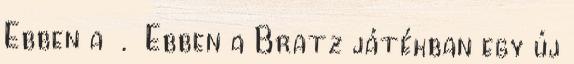
Ebben a . Ebben a Bratz játékban egy új